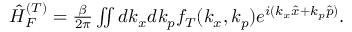
\begin{array} { r } { \hat { H } _ { F } ^ { ( T ) } = \frac { \beta } { 2 \pi } \iint d k _ { x } d k _ { p } f _ { T } ( k _ { x } , k _ { p } ) e ^ { i ( k _ { x } \hat { x } + k _ { p } \hat { p } ) } . } \end{array}